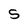
Character: S